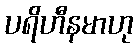
ပရိဟီနမာဟု